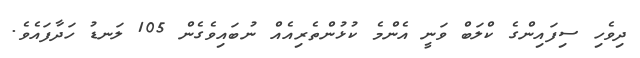
ދިވެހި ސިފައިންގެ ކްލަބް ވަނީ އެންމެ ކުޅުންތެރިއެއް ނުބައިވެގެން 105 ލަނޑު ހަދާފައެވެ.